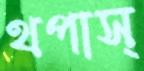
থপাস্‌